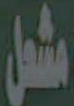
مشعل